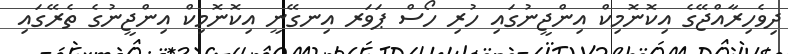
ދިވެހިރާއްޖޭގެ އިކޮނޮމިކް އިންޖީނުގައި ހުރި ހޯސް ޕަވަރ އިނގޭނީ އިކޮނޮމިކް އިންޖީނުގެ ތެރޭގައި